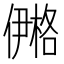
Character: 鿚